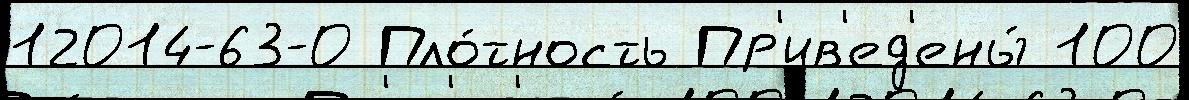
12014-63-0 Пло́тность Пр'ив'ед'ены́ 100